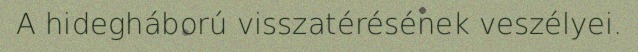
A hidegháború visszatérésének veszélyei.